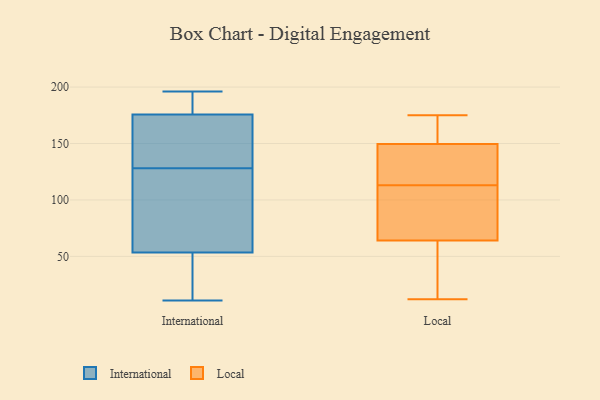
{"axis": {"x": "Net Income (USD K)", "y": "Value"}, "legend": ["International", "Local"], "data": [{"x": "", "y": 136, "type": "International"}, {"x": "", "y": 11, "type": "International"}, {"x": "", "y": 194, "type": "International"}, {"x": "", "y": 196, "type": "International"}, {"x": "", "y": 29, "type": "International"}, {"x": "", "y": 34, "type": "International"}, {"x": "", "y": 172, "type": "International"}, {"x": "", "y": 112, "type": "International"}, {"x": "", "y": 177, "type": "International"}, {"x": "", "y": 128, "type": "International"}, {"x": "", "y": 119, "type": "International"}, {"x": "", "y": 149, "type": "Local"}, {"x": "", "y": 114, "type": "Local"}, {"x": "", "y": 18, "type": "Local"}, {"x": "", "y": 26, "type": "Local"}, {"x": "", "y": 12, "type": "Local"}, {"x": "", "y": 167, "type": "Local"}, {"x": "", "y": 104, "type": "Local"}, {"x": "", "y": 112, "type": "Local"}, {"x": "", "y": 175, "type": "Local"}, {"x": "", "y": 150, "type": "Local"}, {"x": "", "y": 144, "type": "Local"}, {"x": "", "y": 102, "type": "Local"}]}